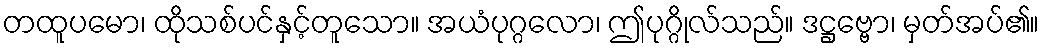
တထူပမော၊ ထိုသစ်ပင်နှင့်တူသော။ အယံပုဂ္ဂလော၊ ဤပုဂ္ဂိုလ်သည်။ ဒဋ္ဌဗ္ဗော၊ မှတ်အပ်၏။